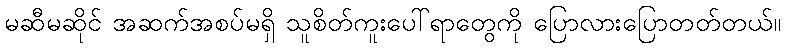
မဆီမဆိုင် အဆက်အစပ်မရှိ သူစိတ်ကူးပေါ်ရာတွေကို ပြောလားပြောတတ်တယ်။